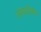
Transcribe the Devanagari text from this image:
अंतप्रदेशीय